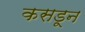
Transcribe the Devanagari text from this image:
कसडून